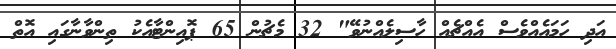
އަދި ހަމައެއްވެސް އެއްޗެއް ހާސިލެއްނުވޭ" 32 މެޗުން 65 ޕޮއިންޓާއެކު ތިންވާނާގައި އޮތް